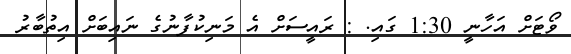
ވޯޓަށް އަހާނީ 1:30 ގައި. : ރައީސަށް އެ މަނިކުފާނުގެ ނައިބަށް އިތުބާރު